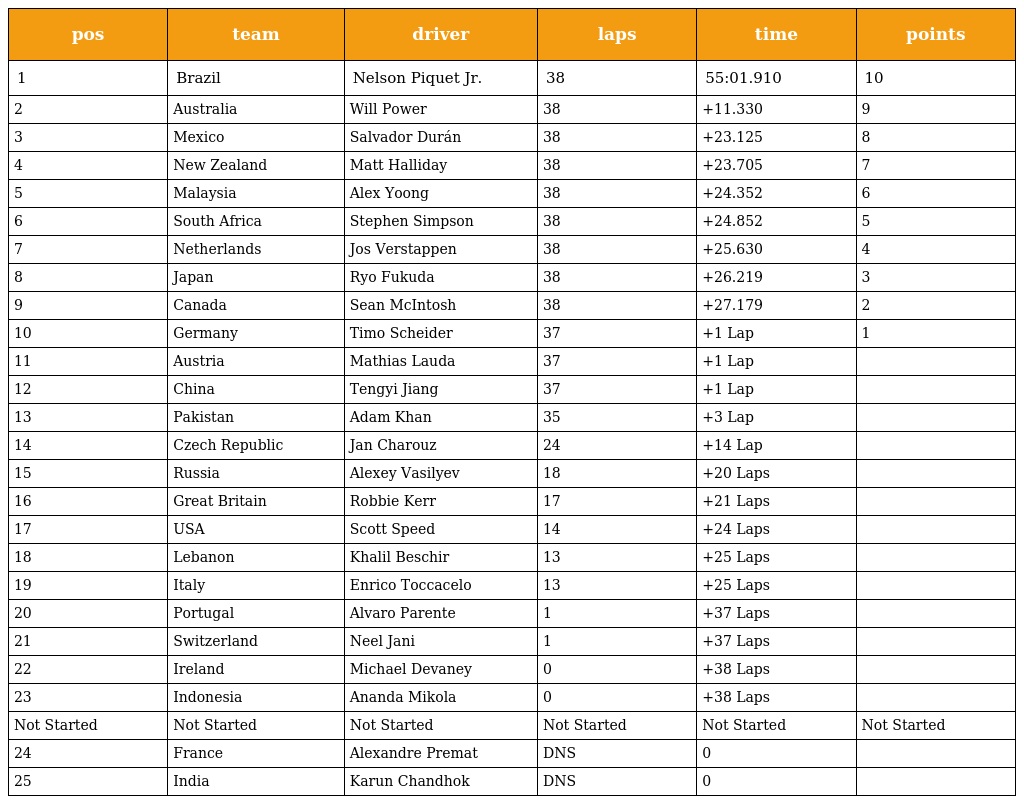
| pos | team | driver | laps | time | points |
 | --- | --- | --- | --- | --- | --- |
 | 1 | Brazil | Nelson Piquet Jr. | 38 | 55:01.910 | 10 |
 | 2 | Australia | Will Power | 38 | +11.330 | 9 |
 | 3 | Mexico | Salvador Durán | 38 | +23.125 | 8 |
 | 4 | New Zealand | Matt Halliday | 38 | +23.705 | 7 |
 | 5 | Malaysia | Alex Yoong | 38 | +24.352 | 6 |
 | 6 | South Africa | Stephen Simpson | 38 | +24.852 | 5 |
 | 7 | Netherlands | Jos Verstappen | 38 | +25.630 | 4 |
 | 8 | Japan | Ryo Fukuda | 38 | +26.219 | 3 |
 | 9 | Canada | Sean McIntosh | 38 | +27.179 | 2 |
 | 10 | Germany | Timo Scheider | 37 | +1 Lap | 1 |
 | 11 | Austria | Mathias Lauda | 37 | +1 Lap |  |
 | 12 | China | Tengyi Jiang | 37 | +1 Lap |  |
 | 13 | Pakistan | Adam Khan | 35 | +3 Lap |  |
 | 14 | Czech Republic | Jan Charouz | 24 | +14 Lap |  |
 | 15 | Russia | Alexey Vasilyev | 18 | +20 Laps |  |
 | 16 | Great Britain | Robbie Kerr | 17 | +21 Laps |  |
 | 17 | USA | Scott Speed | 14 | +24 Laps |  |
 | 18 | Lebanon | Khalil Beschir | 13 | +25 Laps |  |
 | 19 | Italy | Enrico Toccacelo | 13 | +25 Laps |  |
 | 20 | Portugal | Alvaro Parente | 1 | +37 Laps |  |
 | 21 | Switzerland | Neel Jani | 1 | +37 Laps |  |
 | 22 | Ireland | Michael Devaney | 0 | +38 Laps |  |
 | 23 | Indonesia | Ananda Mikola | 0 | +38 Laps |  |
 | Not Started | Not Started | Not Started | Not Started | Not Started | Not Started |
 | 24 | France | Alexandre Premat | DNS | 0 |  |
 | 25 | India | Karun Chandhok | DNS | 0 |  |